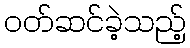
ဝတ်ဆင်ခဲ့သည့်